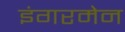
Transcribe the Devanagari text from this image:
इंगरमेन